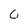
Character: 0